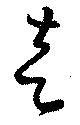
走